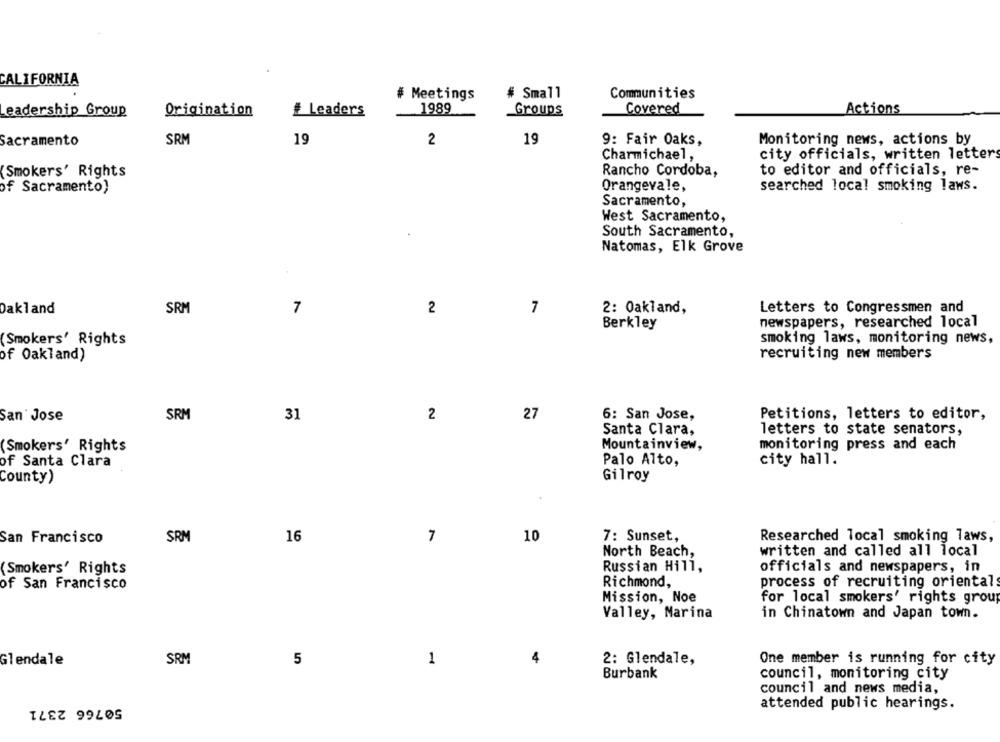
CALIFORNIA
# Meetings
# Small
Communities
Origination
# Leaders
1989
Groups
Covered
Actions
Leadership Group
Sacramento
SRM
19
2
19
9: Fair Oaks,
Monitoring news, actions by
Charmichael,
city officials, written letters
to editor and officials, re-
(Smokers' Rights
Rancho Cordoba,
of Sacramento)
Orangevale,
searched local smoking laws.
Sacramento,
West Sacramento,
South Sacramento,
Natomas, Elk Grove
Oakland
SRM
7
2
7
2: Oakland,
Letters to Congressmen and
Berkley
newspapers, researched local
(Smokers' Rights
smoking laws, monitoring news,
of Oakland)
recruiting new members
SRM
27
6: San Jose,
Petitions, letters to editor,
San Jose
31
2
letters to state senators,
Santa Clara,
Mountainview,
monitoring press and each
(Smokers' Rights
of Santa Clara
Palo Alto,
city hall.
County)
Gilroy
San Francisco
SRM
16
7
10
7: Sunset,
Researched local smoking Taws,
North Beach,
written and called all local
(Smokers' Rights
Russian Hill,
officials and newspapers, in
of San Francisco
Richmond,
process of recruiting orientals
Mission, Noe
for local smokers' rights group
Valley, Marina
in Chinatown and Japan town.
SRM
5
1
4
2: Glendale,
One member is running for city
Glendale
Burbank
council, monitoring city
council and news media,
50766 2371
attended public hearings.